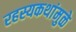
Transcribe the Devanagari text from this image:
रहस्यकथांमुळे